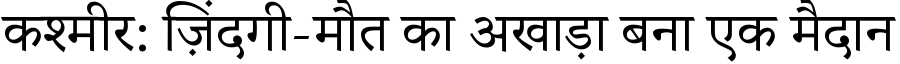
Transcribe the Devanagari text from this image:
कश्मीर: ज़िंदगी-मौत का अखाड़ा बना एक मैदान